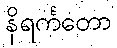
နိရင်္ကတော